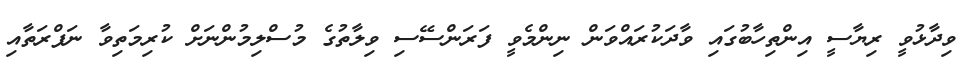
ވިދާޅުވީ ރިޔާސީ އިންތިހާބުގައި ވާދަކުރައްވަން ނިންމެވީ ފަރަންސޭސި ވިލާތުގެ މުސްލިމުންނަށް ކުރިމަތިވާ ނަފްރަތާއި